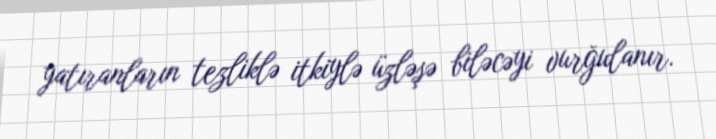
yatıranların tezliklə itkiylə üzləşə biləcəyi vurğulanır.